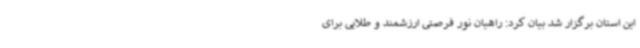
این استان برگزار شد بیان کرد: راهیان نور فرصتی ارزشمند و طلایی برای